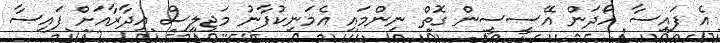
އެ ފައިސާ ހޯދަން އޭސީސީން ގޮތް ނިންމައި އެމަނިކުފާނު މަޖިލިސް އިދާރާއަށް ފައިސާ